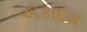
એકાદશ